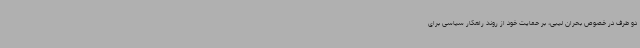
دو طرف در خصوص بحران لیبی، بر حمایت خود از روند راهکار سیاسی برای